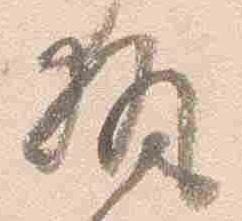
執